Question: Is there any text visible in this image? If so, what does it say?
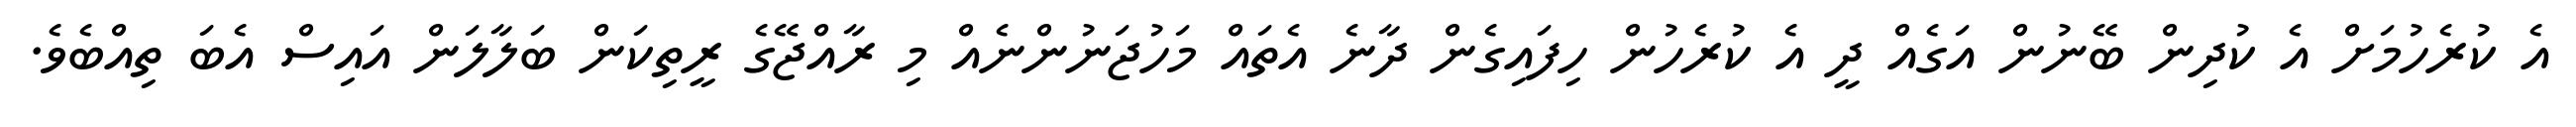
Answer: އެ ކުރެހުމަށް އެ ކުދިން ބޭނުން އަގެއް ދީ އެ ކުރެހުން ހިފައިގެން ދާނެ އެތައް މަހުޖަނުންނެއް މި ރާއްޖޭގެ ރީތިކަން ބަލާލަން އައިސް އެބަ ތިއްބެވެ.